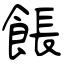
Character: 餦